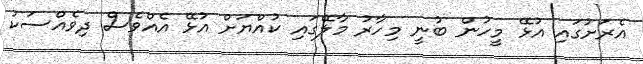
އެރަށުގައި އުޅޭ މީހުން ބުނީ މިހާރު މާލޭގައި ކުއްޔަށް އުޅޭ އެއްވެސް ދިވެއްސަކު